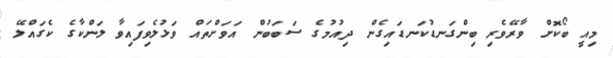
މިއީ ބޯކޮށް ވާރޭވެރި ބިންގަނޑުކަނޑައިގެން ދިއުމުގެ ސަބަބުން އަވަށްތައް ވަޅުލެވިފައިވާ ލަންކާގެ ކެގައްލޭ